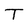
Character: T